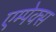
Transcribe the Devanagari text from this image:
एम्पेक्स